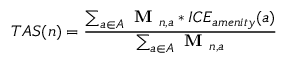
{ T A S } ( n ) = \frac { \sum _ { a \in A } \textbf { M } _ { n , a } * I C E _ { a m e n i t y } ( a ) } { \sum _ { a \in A } \textbf { M } _ { n , a } }